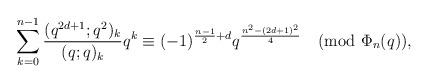
LaTeX: \begin{align*}\sum_{k=0}^{n-1}\frac{(q^{2d+1};q^2)_k}{(q;q)_k}q^k\equiv (-1)^{\frac{n-1}{2}+d}q^{\frac{n^2-(2d+1)^2}{4}} \pmod{\Phi_{n}(q)},\end{align*}